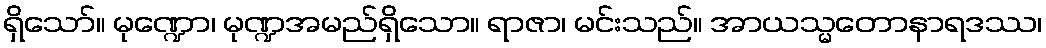
ရှိသော်။ မုဏ္ဍော၊ မုဏ္ဍအမည်ရှိသော။ ရာဇာ၊ မင်းသည်။ အာယသ္မတောနာရဒဿ၊